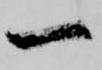
一